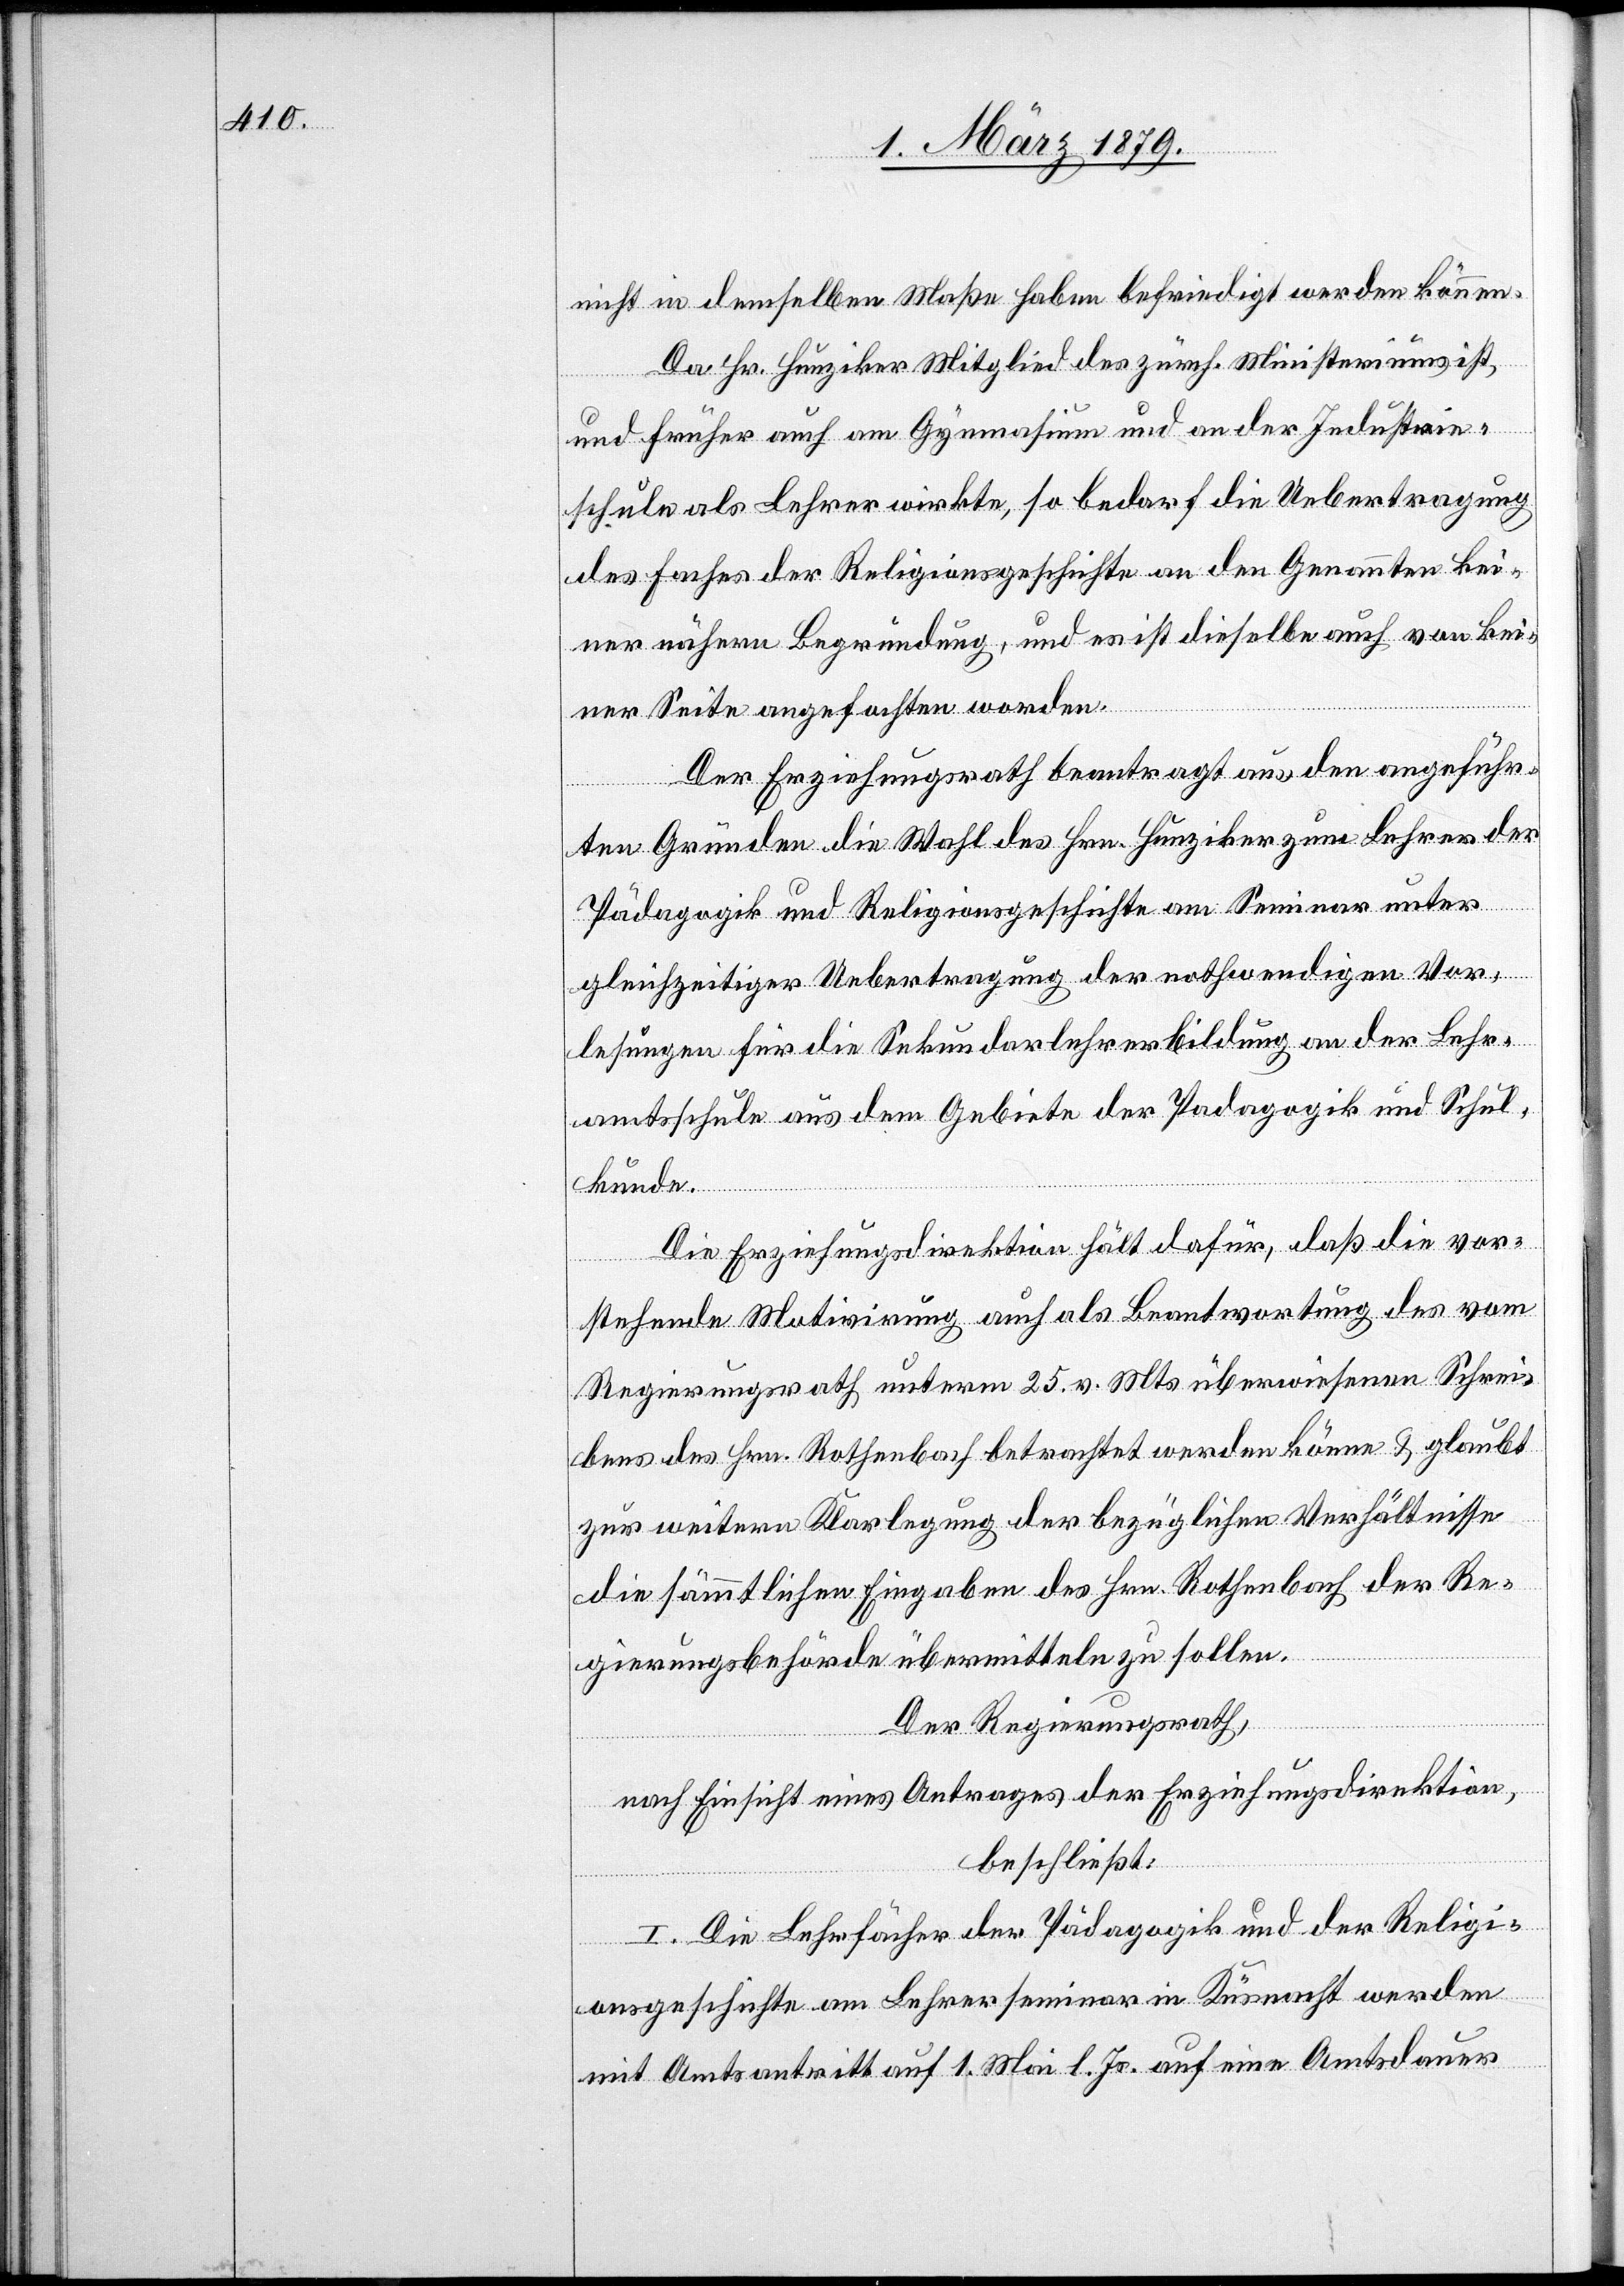
nicht in demselben Maße haben befriedigt werden können.
Da Hr. Hunziker Mitglied des zürch. Ministeriums ist,
und früher auch am Gymnasium und an der Industrie¬
schule als Lehrer wirkte, so bedarf die Uebertragung
des Faches der Religionsgeschichte an den Genannten kei¬
ner nähern Begründung, und es ist dieselbe auch von kei¬
ner Seite angefochten worden.
Der Erziehungsrath beantragt aus den angeführ¬
ten Gründen die Wahl des Hrn. Hunziker zum Lehrer der
Pädagogik und Religionsgeschichte am Seminar unter
gleichzeitiger Uebertragung der nothwendigen Vor¬
lesungen für die Sekundarlehrerbildung an der Lehr¬
amtsschule aus dem Gebiete der Padagogik [sic!] und Schul¬
kunde.
Die Erziehungsdirektion hält dafür, daß die vor¬
stehende Motivirung auch als Beantwortung des vom
Regierungsrath unterm 25. v. Mts überwiesenen Schrei¬
bens des Hrn. Rothenbach betrachtet werden könne & glaubt
zur weitern Klarlegung der bezüglichen Verhältnisse
die sämmtlichen Eingaben des Hrn. Rothenbach der Re¬
gierungsbehörde übermitteln zu sollen.
Der Regierungsrath,
nach Einsicht eines Antrages der Erziehungsdirektion,
beschließt:
I. Die Lehrfächer der Pädagogik und der Religi¬
onsgeschichte am Lehrerseminar in Küsnacht werden
mit Amtsantritt auf 1. Mai l. Js. auf eine Amtsdauer